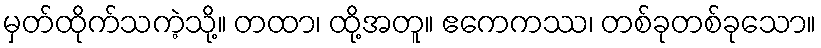
မှတ်ထိုက်သကဲ့သို့။ တထာ၊ ထို့အတူ။ ဧကေကဿ၊ တစ်ခုတစ်ခုသော။